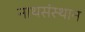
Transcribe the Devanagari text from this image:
नाथसंस्थान